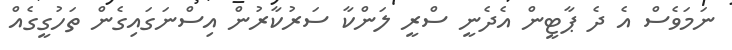
ނަމަވެސް އެ ދެ ޕާޓީން އެދެނީ ސްރީ ލަންކާ ސަރުކާރުން އިސްނަގައިގެން ތަހުގީގެއް